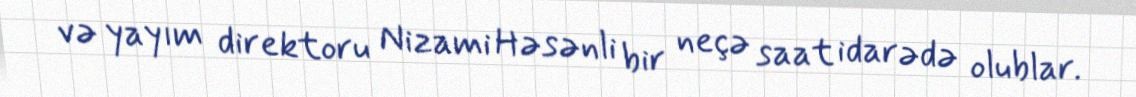
və yayım direktoru Nizami Həsənli bir neçə saat idarədə olublar.